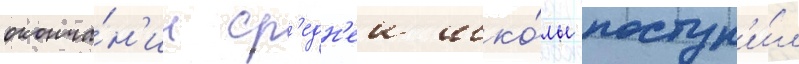
оконча́н'ии ср'едн'еи шко́лы поступ'и́л